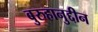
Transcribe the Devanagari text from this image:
बुरुहानुद्दीन